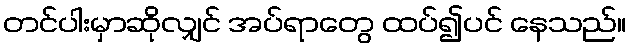
တင်ပါးမှာဆိုလျှင် အပ်ရာတွေ ထပ်၍ပင် နေသည်။